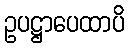
ဥပဋ္ဌာပေထာပိ